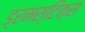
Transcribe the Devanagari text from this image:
ड्रमस्टिक्स